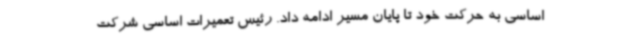
اساسی به حرکت خود تا پایان مسیر ادامه داد. رئیس تعمیرات اساسی شرکت